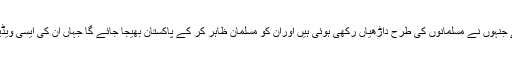
اس خوفناک منصوبے کے لیے انتہا پسند ہندوؤں کو باقاعدہ تربیت دی جارہی ہے جنہوں نے مسلمانوں کی طرح داڑھیاں رکھی ہوئی ہیں اوران کو مسلمان ظاہر کر کے پاکستان بھیجا جائے گا جہاں ان کی ایسی ویڈیوز بنائی جائیں گی کہ مسلمان دہشت گردی کے تربیتی کیمپوں کو چلا رہے ہیں۔